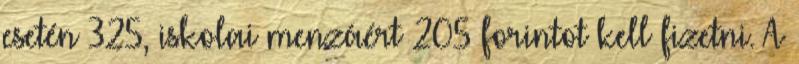
esetén 325, iskolai menzáért 205 forintot kell fizetni. A